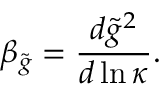
\beta _ { \tilde { g } } = \frac { d \tilde { g } ^ { 2 } } { d \ln \kappa } .